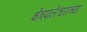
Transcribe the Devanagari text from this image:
क्षेत्रपालेश्वराच्या